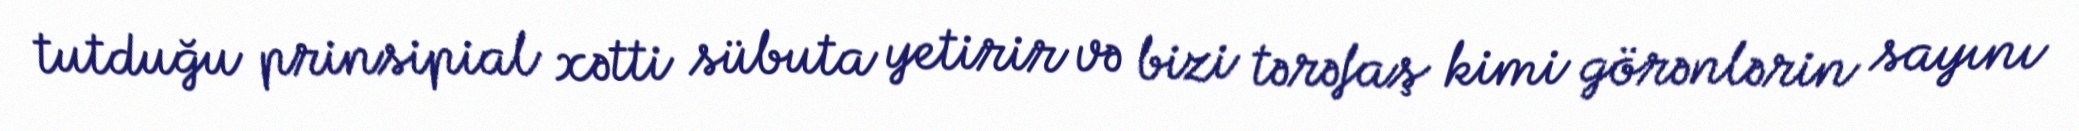
tutduğu prinsipial xətti sübuta yetirir və bizi tərəfaş kimi görənlərin sayını